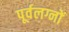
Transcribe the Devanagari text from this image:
पूर्वलग्नों